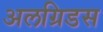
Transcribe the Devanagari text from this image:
अलग्रिडस